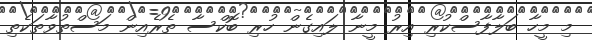
މި މީހާ ބަލާފާސްކުރި އިރު މީނާ ލައިގެން ހުރި ބޮކްސާ ތެރެއިން މަސްތުވާތަކެތި